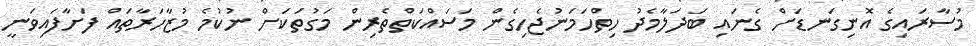
މުސާރައިގެ އޮނިގަނޑަށް ގެނައި ބަދަލާމެދު ހިތްހަމަނުޖެހިގެން މަސައްކަތްތެރިން މަގުތަކަށް ނުކުމެ މުޒާހަރާތައް ފަށާފައިވަނީ